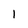
Character: l